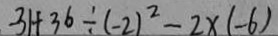
- 3 1 + 3 6 \div ( - 2 ) ^ { 2 } - 2 \times ( - 6 )